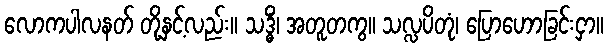
လောကပါလနတ် တို့နှင့်လည်း။ သဒ္ဓိံ၊ အတူတကွ။ သလ္လပိတုံ၊ ပြောဟောခြင်းငှာ။